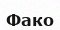
Фако